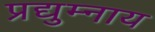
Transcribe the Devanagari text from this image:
प्रद्युम्नाय